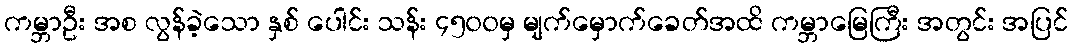
ကမ္ဘာဦး အစ လွန်ခဲ့သော နှစ် ပေါင်း သန်း ၄၅၀၀မှ မျက်မှောက်ခေတ်အထိ ကမ္ဘာမြေကြီး အတွင်း အပြင်